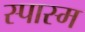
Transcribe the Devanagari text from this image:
स्पास्म